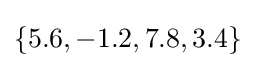
\left\{5.6,-1.2,7.8,3.4\right\}